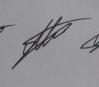
Signature authenticity: genuine